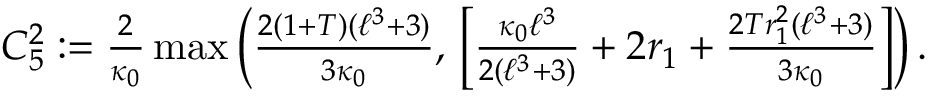
\begin{array} { r } { C _ { 5 } ^ { 2 } : = \frac { 2 } { \kappa _ { 0 } } \operatorname* { m a x } \left( \frac { 2 ( 1 + T ) ( \ell ^ { 3 } + 3 ) } { 3 \kappa _ { 0 } } , \, \left[ \frac { \kappa _ { 0 } \ell ^ { 3 } } { 2 ( \ell ^ { 3 } + 3 ) } + 2 r _ { 1 } + \frac { 2 T r _ { 1 } ^ { 2 } ( \ell ^ { 3 } + 3 ) } { 3 \kappa _ { 0 } } \right] \right) . } \end{array}